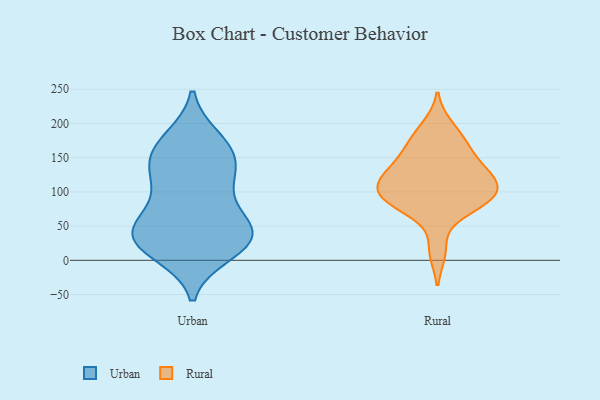
{"axis": {"x": "Page Views", "y": "Value"}, "legend": ["Rural", "Urban"], "data": [{"x": "", "y": 177, "type": "Urban"}, {"x": "", "y": 17, "type": "Urban"}, {"x": "", "y": 44, "type": "Urban"}, {"x": "", "y": 50, "type": "Urban"}, {"x": "", "y": 145, "type": "Urban"}, {"x": "", "y": 35, "type": "Urban"}, {"x": "", "y": 150, "type": "Urban"}, {"x": "", "y": 117, "type": "Urban"}, {"x": "", "y": 117, "type": "Urban"}, {"x": "", "y": 57, "type": "Urban"}, {"x": "", "y": 172, "type": "Urban"}, {"x": "", "y": 34, "type": "Urban"}, {"x": "", "y": 28, "type": "Urban"}, {"x": "", "y": 113, "type": "Urban"}, {"x": "", "y": 11, "type": "Urban"}, {"x": "", "y": 68, "type": "Urban"}, {"x": "", "y": 161, "type": "Urban"}, {"x": "", "y": 26, "type": "Urban"}, {"x": "", "y": 171, "type": "Rural"}, {"x": "", "y": 113, "type": "Rural"}, {"x": "", "y": 88, "type": "Rural"}, {"x": "", "y": 108, "type": "Rural"}, {"x": "", "y": 126, "type": "Rural"}, {"x": "", "y": 142, "type": "Rural"}, {"x": "", "y": 116, "type": "Rural"}, {"x": "", "y": 142, "type": "Rural"}, {"x": "", "y": 196, "type": "Rural"}, {"x": "", "y": 72, "type": "Rural"}, {"x": "", "y": 102, "type": "Rural"}, {"x": "", "y": 89, "type": "Rural"}, {"x": "", "y": 171, "type": "Rural"}, {"x": "", "y": 84, "type": "Rural"}, {"x": "", "y": 13, "type": "Rural"}]}